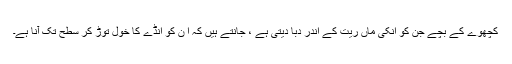
کچھوے کے بچے جن کو انکی ماں ریت کے اندر دبا دیتی ہے ، جانتے ہیں کہ ا ن کو انڈے کا خول توڑ کر سطح تک آنا ہے۔